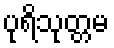
ပုရိသုတ္တမ